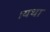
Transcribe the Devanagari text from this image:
।यथा